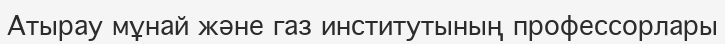
Атырау мұнай және газ институтының профессорлары